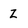
Character: Z